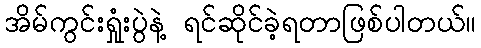
အိမ်ကွင်းရှုံးပွဲနဲ့ ရင်ဆိုင်ခဲ့ရတာဖြစ်ပါတယ်။